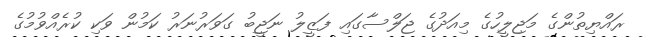
ރައްޔިތުންގެ މަޖިލީހުގެ މިއަދުގެ ޖަލްސާގައި ފަޒީލު ނަޖީބު ގަވަރުނަރު ކަމުން ވަކި ކުރެއްވުމުގެ